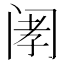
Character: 𫔲